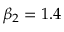
\beta _ { 2 } = 1 . 4